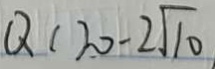
Q ( 2 0 - 2 \sqrt { 1 0 } )